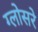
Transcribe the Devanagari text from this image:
ग्लोसरे